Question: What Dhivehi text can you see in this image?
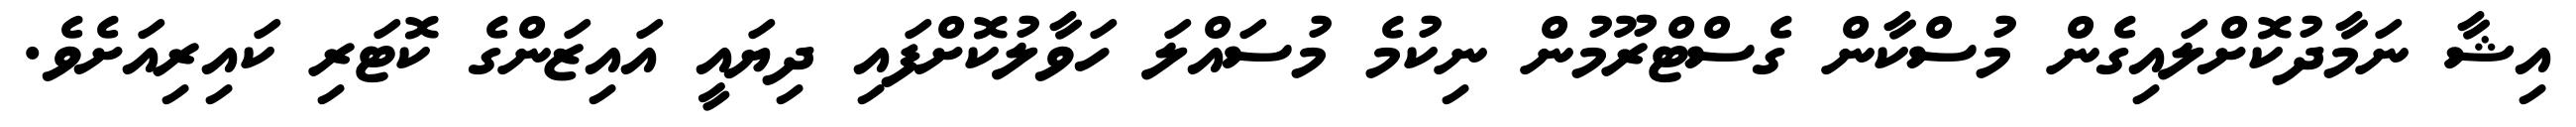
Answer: އިޝާ ނަމާދުކޮށްލައިގެން މުސްކާން ގެސްޓްރޫމުން ނިކުމެ މުސައްލަ ހަވާލުކޮށްފައި ދިޔައީ އައިޒަންގެ ކޮޓަރި ކައިރިއަށެވެ.